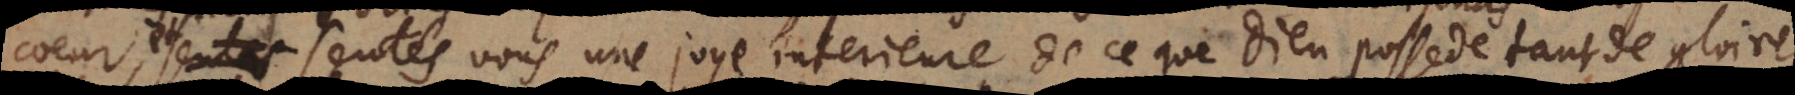
coeur, et sentés-vous une joye interieure de ce que Dieu possede tant de gloire,